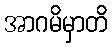
အာဂမိမှာတိ